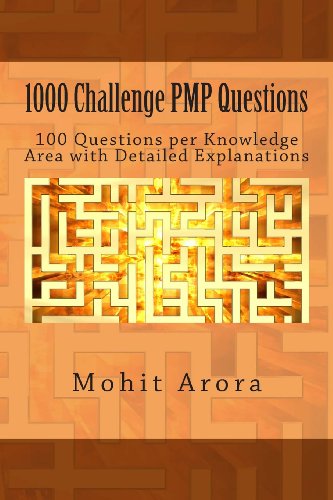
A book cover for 1000 Challenge PMP Questions: 100 Questions per Knowledge Area with Detailed Explanations; Mohit Arora; Test Preparation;